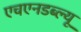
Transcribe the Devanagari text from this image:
एचएनडब्ल्यू